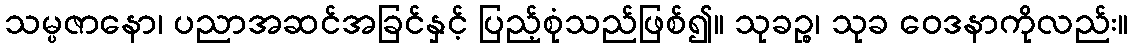
သမ္ပဇာနော၊ ပညာအဆင်အခြင်နှင့် ပြည့်စုံသည်ဖြစ်၍။ သုခဉ္စ၊ သုခ ဝေဒနာကိုလည်း။